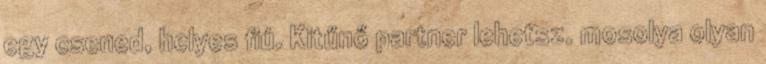
egy csened, helyes fiú. Kitűnő partner lehetsz. mosolya olyan